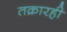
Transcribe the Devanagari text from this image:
तक्रारही